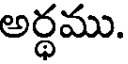
అర్ధము.